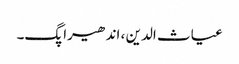
غیاث الدین ، اندھیرا پگ۔